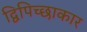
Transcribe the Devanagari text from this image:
द्विपिच्छाकार